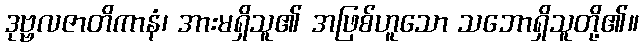
ဒုဗ္ဗလဇာတိကာနံ၊ အားမရှိသူ၏ အဖြစ်ဟူသော သဘောရှိသူတို့၏။